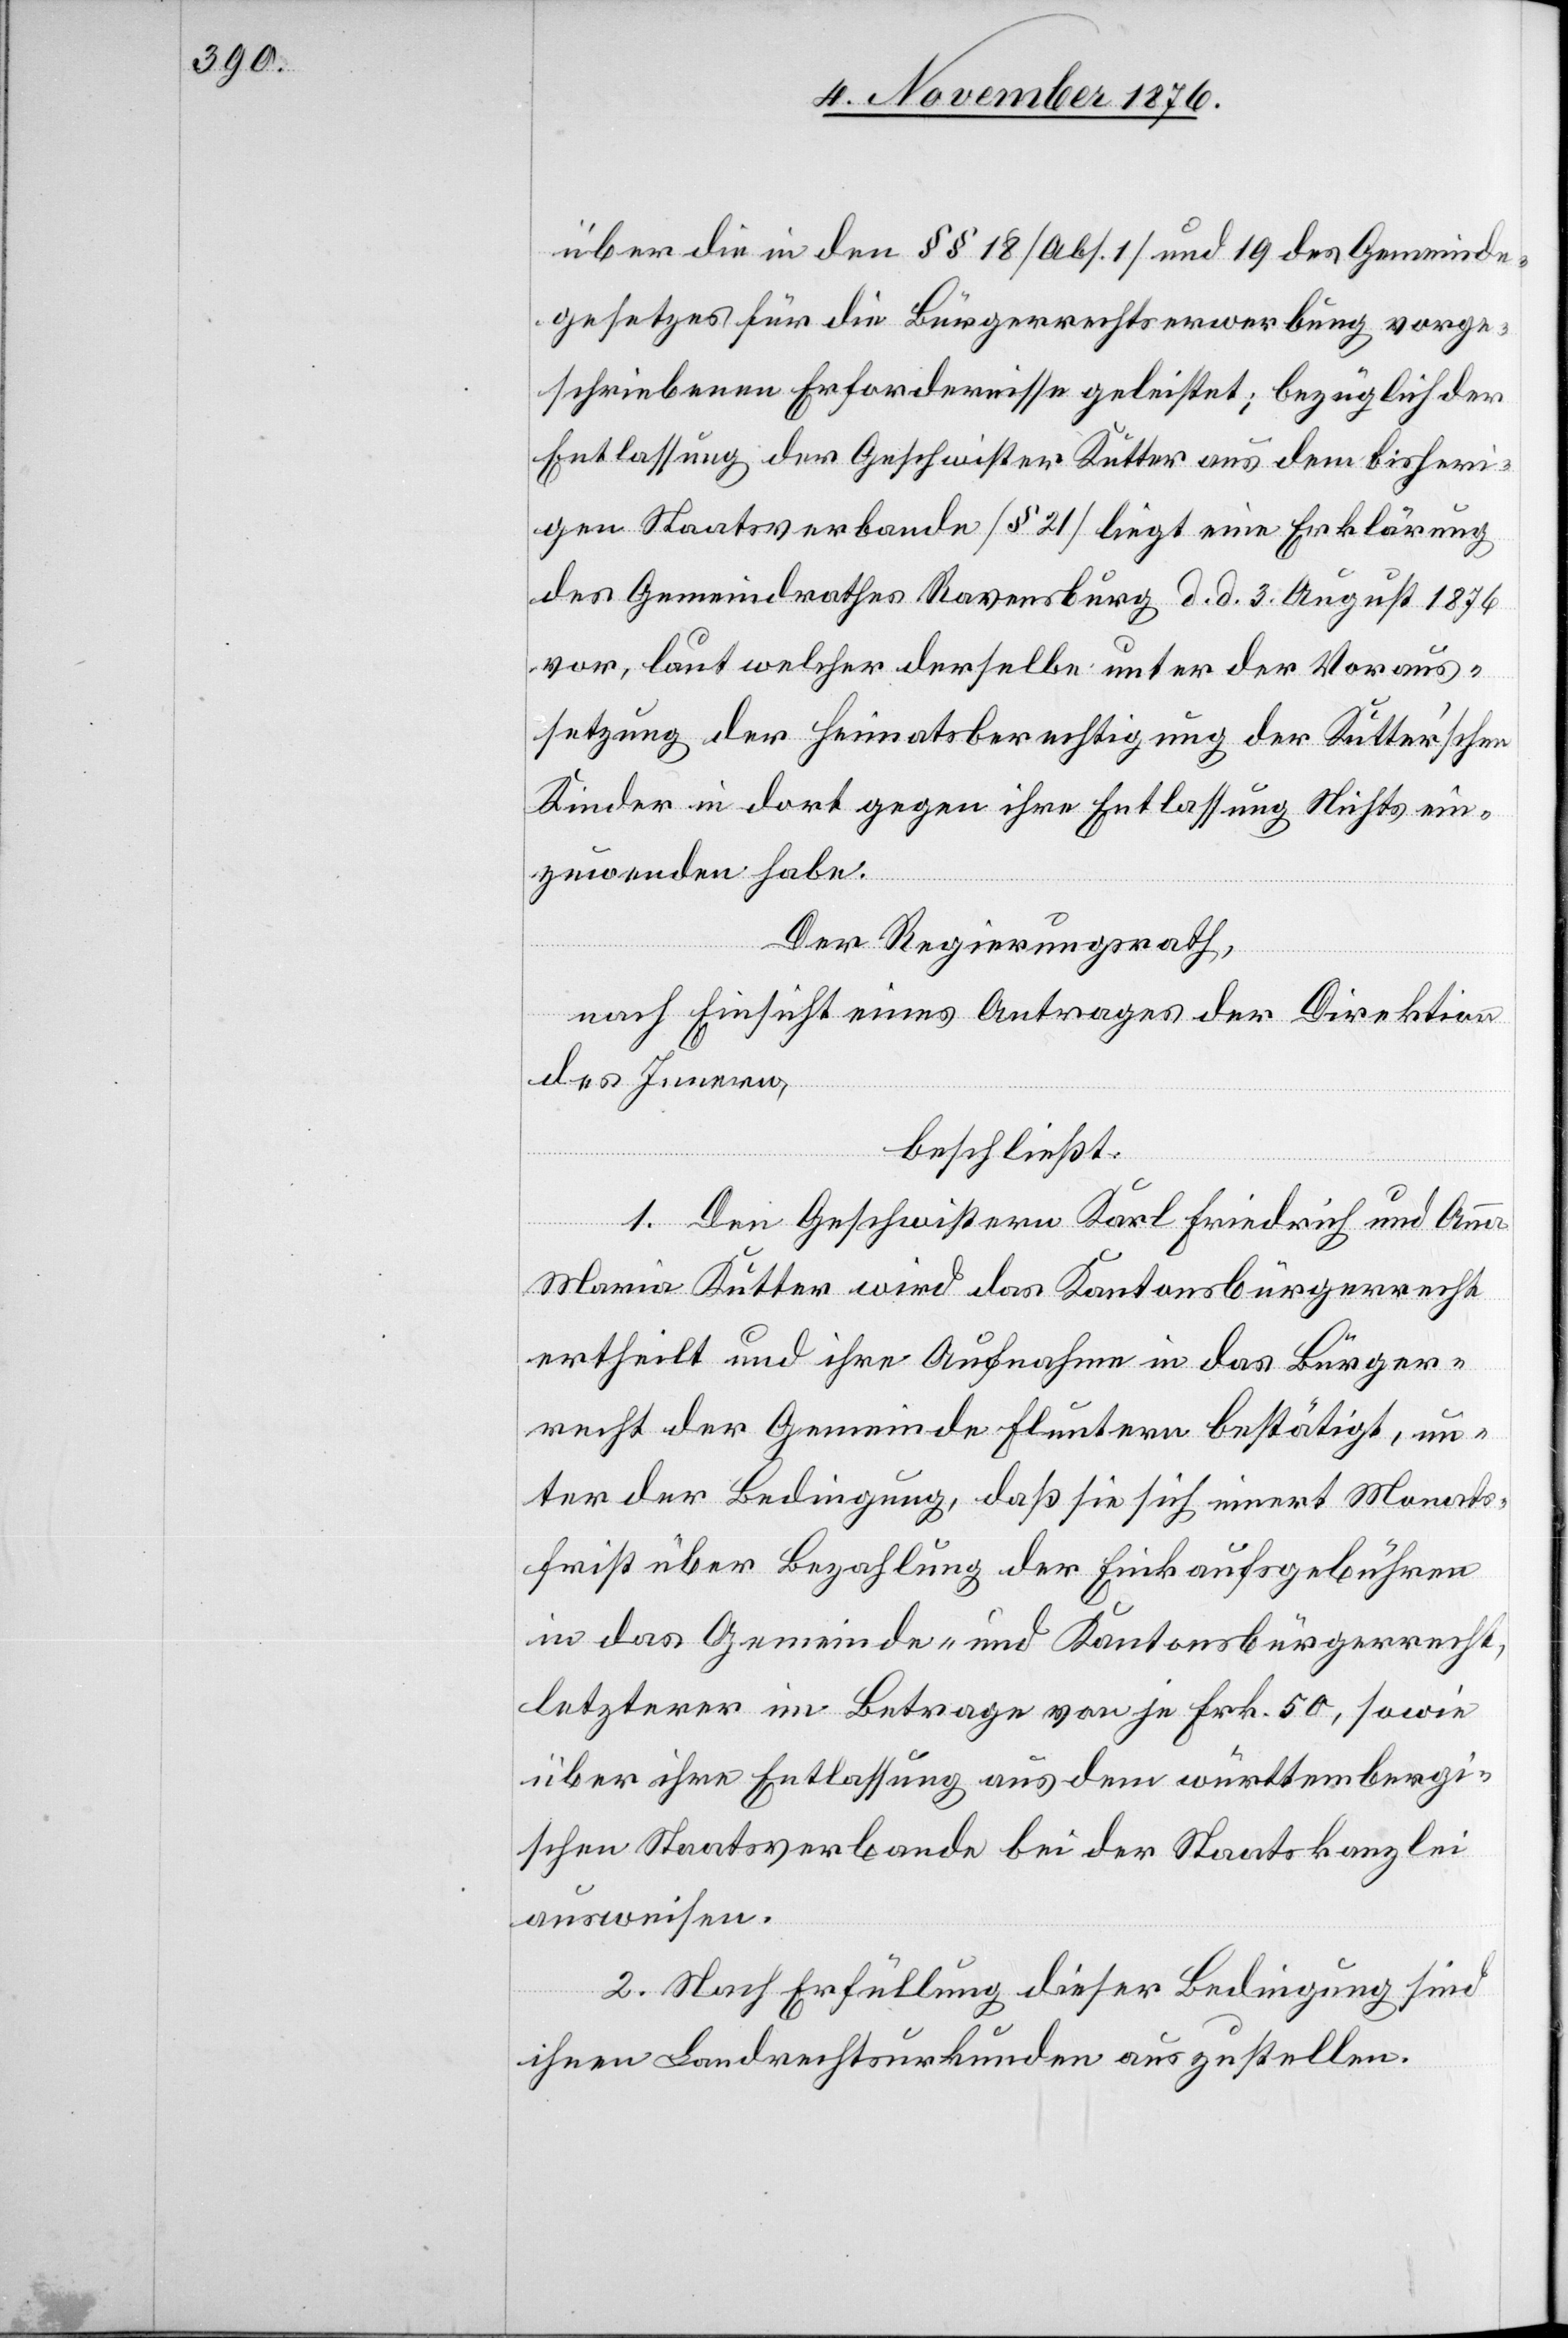
über die in den §§ 18 [Abs. 1] und 19 des Gemeinde¬
gesetzes für die Bürgerrechtserwerbung vorge¬
schriebenen Erfordernisse geleistet; bezüglich
Entlassung der Geschwister Kutter aus dem bisheri¬
gen Staatsverbande [§ 21] liegt eine Erklärung
des Gemeindrathes Ravensburg d. d. 3. August 1876
vor, laut welcher derselbe unter der Voraus¬
setzung der Heimatsberechtigung der Kutter’schen
Kinder in dort gegen ihre Entlassung nichts ein¬
zuwenden habe.
Der Regierungsrath,
nach Einsicht eines Antrages der Direktion
des Innern,
beschließt:
1. Den Geschwistern Karl Friedrich und Anna
Maria Kutter wird das Kantonsbürgerrecht
ertheilt und ihre Aufnahme in das Bürger¬
recht der Gemeinde Fluntern bestätigt, un¬
ter der Bedingung, daß sie sich innert Monats¬
frist über Bezahlung der Einkaufsgebühren
in das Gemeinde- und Kantonsbürgerrecht,
letzterer im Betrage von je Frk. 50, sowie
über ihre Entlassung aus dem württembergi¬
schen Staatsverbande bei der Staatskanzlei
ausweisen.
2. Nach Erfüllung dieser Bedingung sind
ihnen Landrechtsurkunden auszustellen.